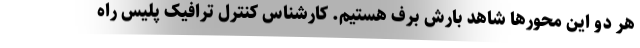
هر دو این محورها شاهد بارش برف هستیم. کارشناس کنترل ترافیک پلیس راه